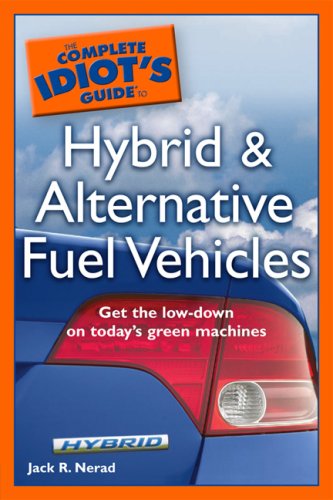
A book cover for The Complete Idiot's Guide to Hybrid and Alternative Fuel Vehicles; Jack R. Nerad; Engineering & Transportation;